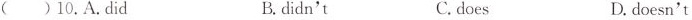
( ) 10. A. Did B. didn't C. does D. doesn't